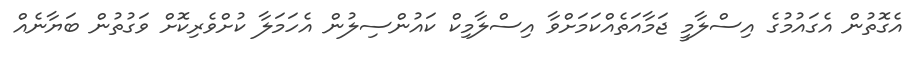
އެގޮތުން އެގައުމުގެ އިސްލާމީ ޖަމާއަތެއްކަމަށްވާ އިސްލާމިކް ކައުންސިލުން އެހަމަލާ ކުށްވެރިކޮށް ވަގުތުން ބަޔާނެއް